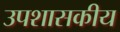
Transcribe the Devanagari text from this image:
उपशासकीय